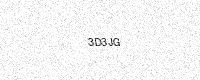
Text: 3D3JG